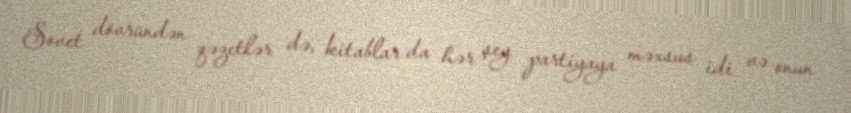
Sovet dövründən qəzetlər də, kitablar da hər şey partiyaya məxsus idi və onun